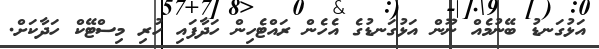
އަޅުގަނޑު ބޭނުމެއް ނޫން އަޅުގަނޑުގެ އެހެން ރައްޓެހިން ހަދާފައި ހުރި މިސްޓޭކް ހަދާކަށް.